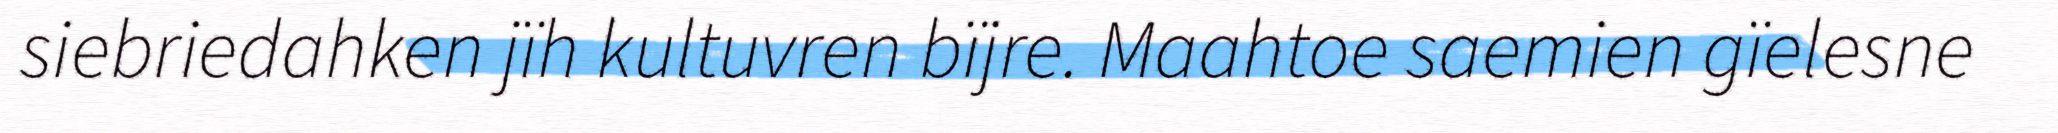
siebriedahken jïh kultuvren bïjre. Maahtoe saemien gïelesne